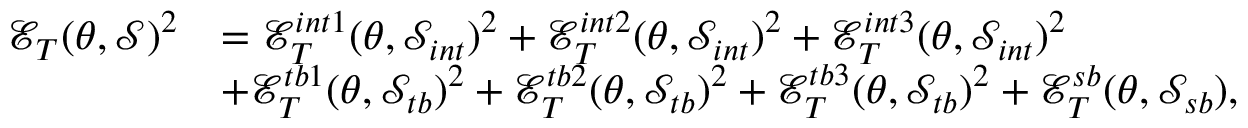
\begin{array} { r l } { \mathcal { E } _ { T } ( \theta , \mathcal { S } ) ^ { 2 } } & { = \mathcal { E } _ { T } ^ { i n t 1 } ( \theta , \mathcal { S } _ { i n t } ) ^ { 2 } + \mathcal { E } _ { T } ^ { i n t 2 } ( \theta , \mathcal { S } _ { i n t } ) ^ { 2 } + \mathcal { E } _ { T } ^ { i n t 3 } ( \theta , \mathcal { S } _ { i n t } ) ^ { 2 } } \\ & { + \mathcal { E } _ { T } ^ { t b 1 } ( \theta , \mathcal { S } _ { t b } ) ^ { 2 } + \mathcal { E } _ { T } ^ { t b 2 } ( \theta , \mathcal { S } _ { t b } ) ^ { 2 } + \mathcal { E } _ { T } ^ { t b 3 } ( \theta , \mathcal { S } _ { t b } ) ^ { 2 } + \mathcal { E } _ { T } ^ { s b } ( \theta , \mathcal { S } _ { s b } ) , } \end{array}